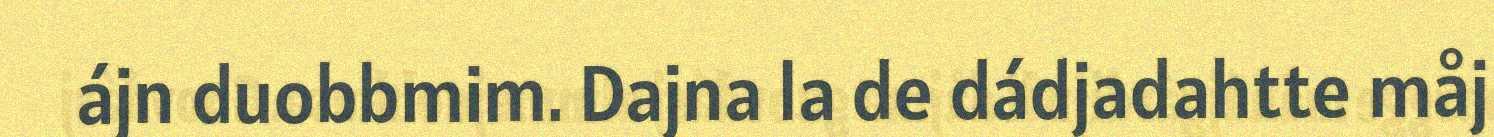
ájn duobbmim. Dajna la de dádjadahtte måj